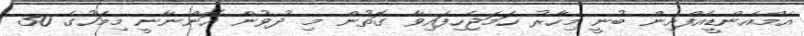
އެމްއެންޑީއެފްއިން ބުނީ މިހާރު ހަމަޖެހިފައިވާ ގޮތުން މި ދުވުން އޮންނާނީ މިމަހުގެ 30